Etiology and epidemiology of plague
Disease focus: Plague
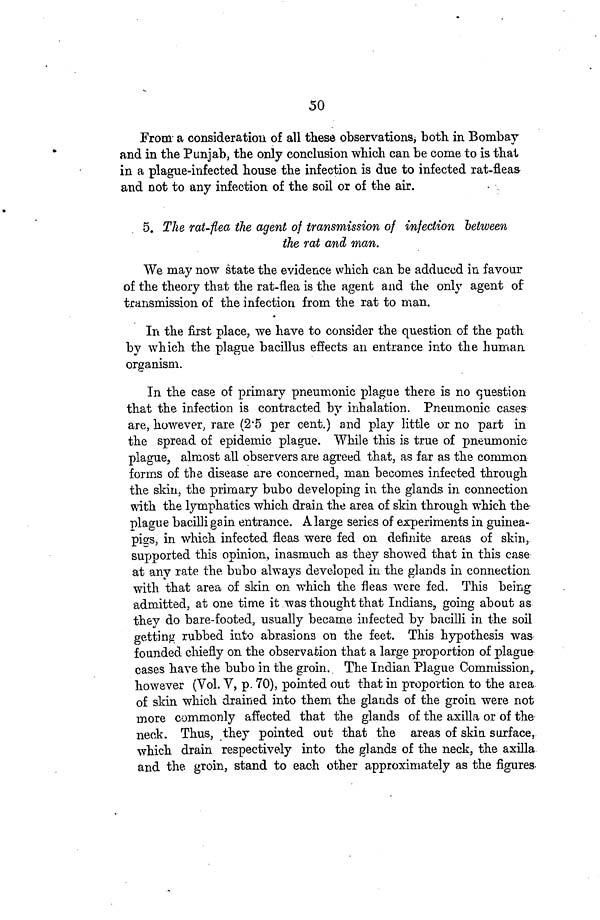
50
From a consideration of all these observations, both in Bombay
and in the Punjab, the only conclusion which can be come to is that
in a plague-infected house the infection is due to infected rat-fleas
and not to any infection of the soil or of the air.
5. The rat-flea the agent of transmission of infection between
the rat and man.
We may now state the evidence which can be adduced in favour
of the theory that the rat-flea is the agent and the only agent of
transmission of the infection from the rat to man.
In the first place, we have to consider the question of the path
by which the plague bacillus effects an entrance into the human
organism.
In the case of primary pneumonic plague there is no question
that the infection is contracted by inhalation. Pneumonic cases
are, however, rare (2 5 per cent.) and play little or no part in
the spread of epidemic plague. While this is true of pneumonic
plague, almost all observers are agreed that, as far as the common
forms of the disease are concerned, man becomes infected through
the skin, the primary bubo developing in the glands in connection
with the lymphatics which drain the area of skin through which the
plague bacilli gain entrance. A large series of experiments in guinea-
pigs, in which infected fleas were fed on definite areas of skin,
supported this opinion, inasmuch as they showed that in this case
at any rate the bubo always developed in the glands in connection
with that area of skin on which the fleas were fed. This being
admitted, at one time it was thought that Indians, going about as
they do bare-footed, usually became infected by bacilli in the soil
getting rubbed into abrasions on the feet. This hypothesis was
founded chiefly on the observation that a large proportion of plague
cases have the bubo in the groin. The Indian Plague Commission,
however (Vol. V, p. 70), pointed out that in proportion to the area
of skin which drained into them the glands of the groin were not
more commonly affected that the glands of the axilla or of the
neck. Thus, they pointed out that the areas of skin surface,
which drain respectively into the glands of the neck, the axilla
and the groin, stand to each other approximately as the figures